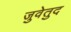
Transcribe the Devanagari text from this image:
जुवेतुद